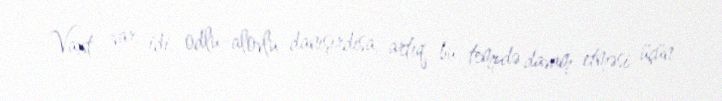
Vaxt var idi, odlu-alovlu danışırdısa, artıq bu tempdə davam etməsi üçün